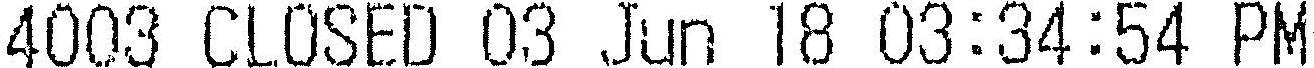
4003 CLOSED 03 JUN 18 03:34:54 PM